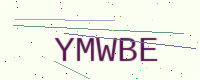
Text: YMWBE